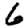
Digit: 6